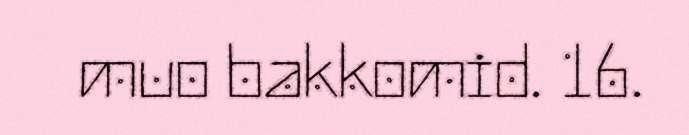
muo bakkomid. 16.